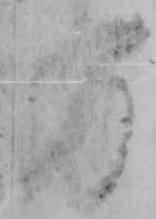
方